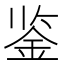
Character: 鉴